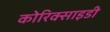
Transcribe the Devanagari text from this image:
कोरिक्साइडी